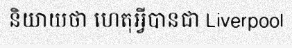
និយាយថា ហេតុអ្វីបានជា Liverpool